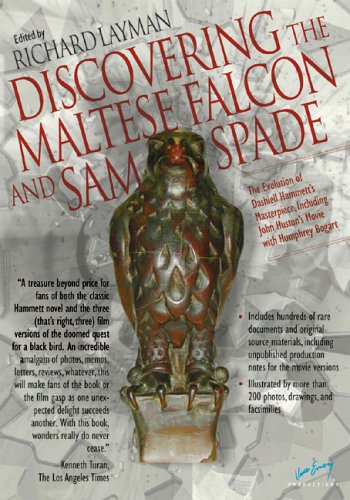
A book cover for Discovering The Maltese Falcon and Sam Spade: The Evolution of Dashiell Hammett's Masterpiece, Including John Huston's Movie with Humphrey Bogart (The Ace Performer Collection series); Mystery, Thriller & Suspense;